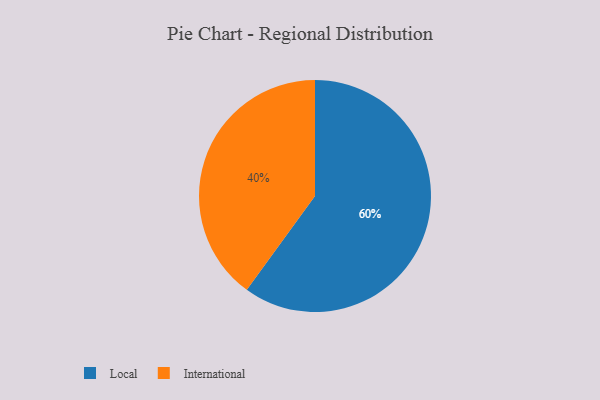
{"axis": {"x": "Category", "y": "Percentage"}, "legend": ["International", "Local"], "data": [{"x": "International", "y": 40, "type": "International"}, {"x": "Local", "y": 60, "type": "Local"}]}